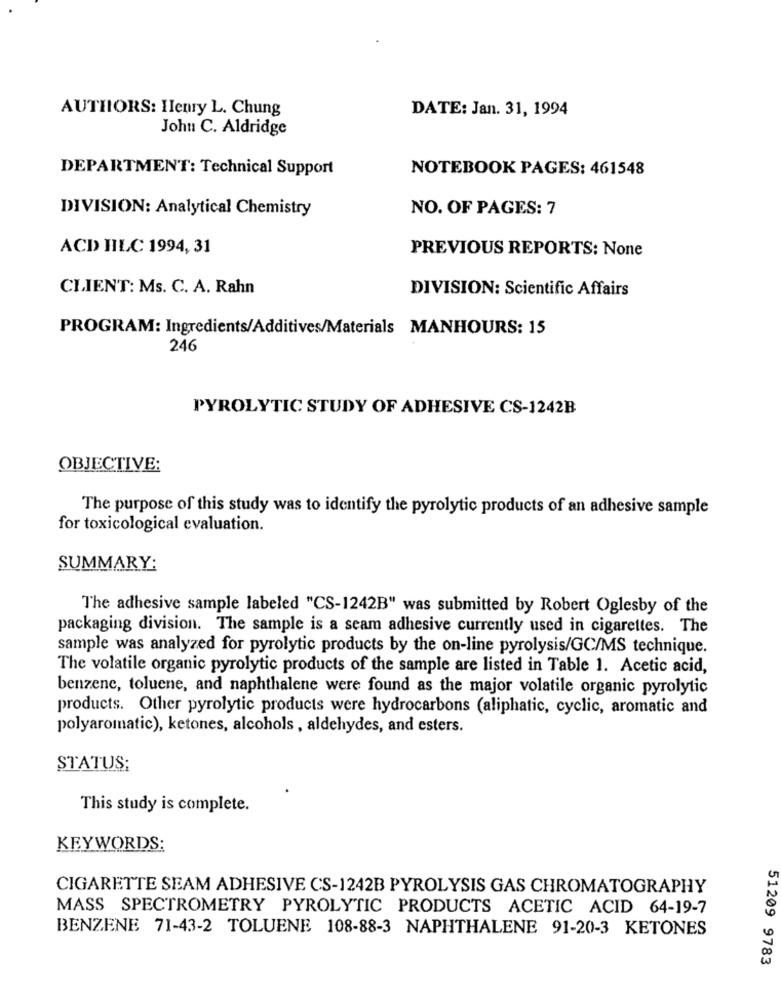
AUTHORS: Henry L. Chung
DATE: Jan. 31, 1994
John C. Aldridge
DEPARTMENT: Technical Support
NOTEBOOK PAGES: 461548
DIVISION: Analytical Chemistry
NO. OF PAGES: 7
ACD HILC 1994, 31
PREVIOUS REPORTS: None
CLIENT: Ms. C. A. Rahn
DIVISION: Scientific Affairs
PROGRAM: Ingredients/Additives/Materials MANHOURS: 15
246
PYROLYTIC STUDY OF ADHESIVE CS-1242B
OBJECTIVE:
The purpose of this study was to identify the pyrolytic products of an adhesive sample
for toxicological evaluation.
SUMMARY:
The adhesive sample labeled "CS-1242B" was submitted by Robert Oglesby of the
packaging division. The sample is a seam adhesive currently used in cigarettes. The
sample was analyzed for pyrolytic products by the on-line pyrolysis/GC/MS technique.
The volatile organic pyrolytic products of the sample are listed in Table 1. Acetic acid,
benzene, toluene, and naphthalene were found as the major volatile organic pyrolytic
products. Other pyrolytic products were hydrocarbons (aliphatic, cyclic, aromatic and
polyaromatic), ketones, alcohols , aldehydes, and esters.
STATUS:
This study is complete.
KEYWORDS:
CIGARETTE SEAM ADHESIVE CS-1242B PYROLYSIS GAS CHROMATOGRAPHY
MASS SPECTROMETRY PYROLYTIC PRODUCTS ACETIC ACID 64-19-7
BENZENE 71-43-2 TOLUENE 108-88-3 NAPHTHALENE 91-20-3 KETONES
51209 9783